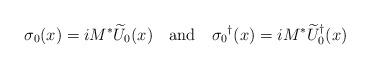
LaTeX: \begin{align*}\sigma_0(x)=iM^*\widetilde{U}_0(x) \quad{\rm and}\quad {\sigma_0}^\dagger(x)=iM^*{\widetilde{U}_0}^\dagger(x)\end{align*}